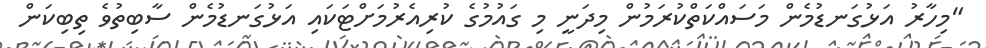
"މިހާރު އަޅުގަނޑުމެން މަސައްކަތްކުރަމުން މިދަނީ މި ގައުމުގެ ކުރިއެރުމަށްޓަކައި އަޅުގަނޑުމެން ސާބިތުވެ ތިބިކަން